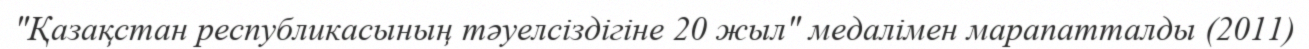
"Қазақстан республикасының тәуелсіздігіне 20 жыл" медалімен марапатталды (2011)